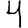
Digit: 4